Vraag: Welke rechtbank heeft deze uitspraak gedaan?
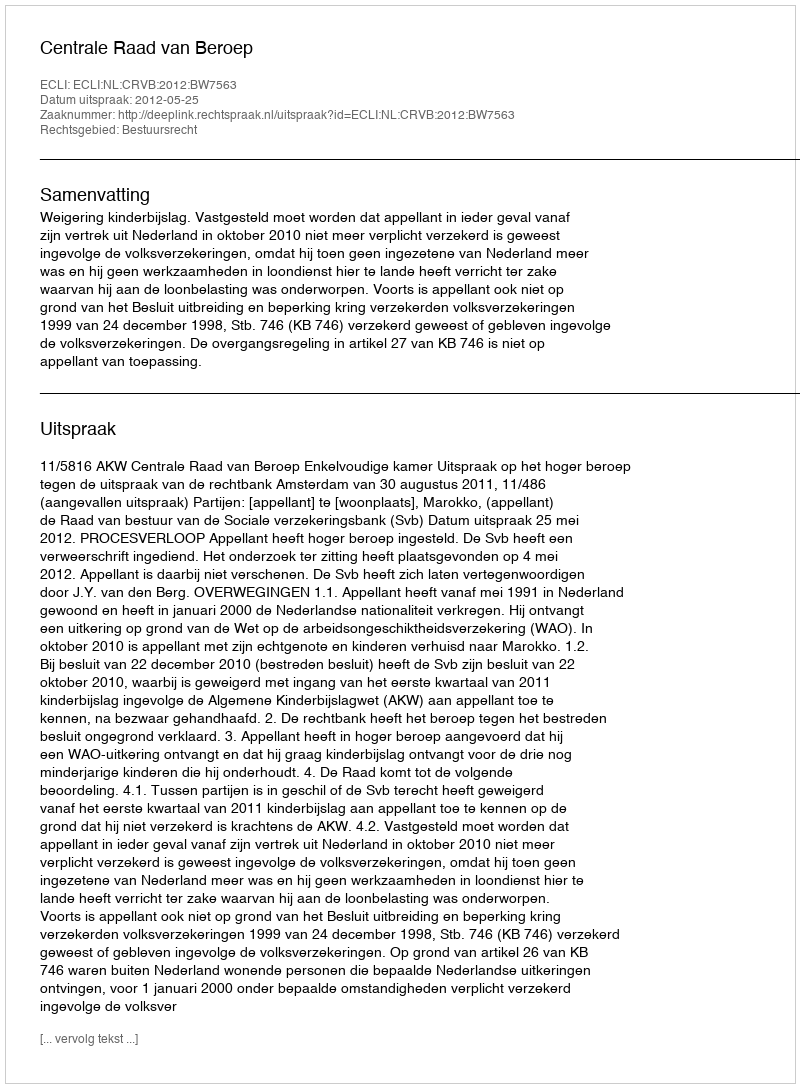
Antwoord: Centrale Raad van Beroep